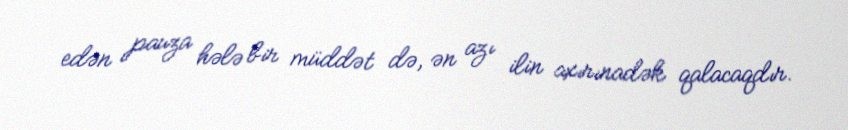
edən pauza hələ bir müddət də, ən azı ilin axırınadək qalacaqdır.